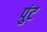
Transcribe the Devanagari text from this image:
पुंट